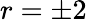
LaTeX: r=\pm 2